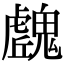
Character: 𩴛